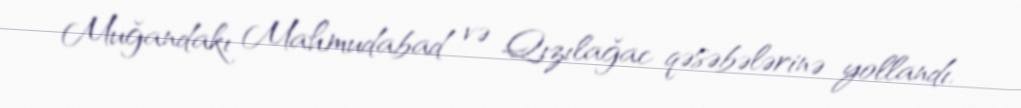
Muğandakı Mahmudabad və Qızılağac qəsəbələrinə yollandı.